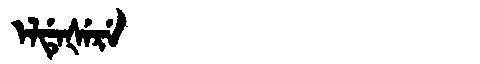
Manchu: ᡝᠯᡩᡝᡧᡝᡵᡝ
Romanization: ELDEŠERE